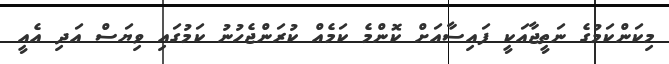
މިކަންކަމުގެ ނަތީޖާއަކީ ފައިސާއަށް ކޮންމެ ކަމެއް ކުރަންޖެހުނު ކަމުގައި ވިޔަސް އަދި އެއީ